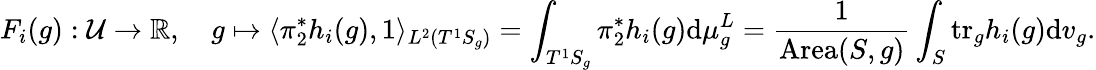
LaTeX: F_{i}(g):\mathcal{U}\to\mathbb{R},\quad g\mapsto\langle\pi_{2}^{*}h_{i}(g),1\rangle_{L^{2}(T^{1}S_{g})}=\int_{T^{1}S_{g}}\pi_{2}^{*}h_{i}(g)\mathrm{d}\mu_{g}^{L}=\frac{1}{{\mathrm{Area}(S,g)}}\int_{S}\mathrm{tr}_{g}h_{i}(g)\mathrm{d}v_{g}.